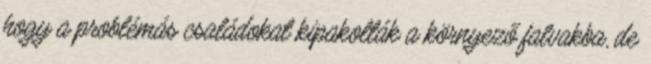
hogy a problémás családokat kipakolták a környező falvakba, de